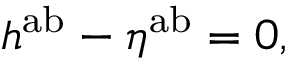
h ^ { \mathrm { a b } } - \eta ^ { \mathrm { a b } } = 0 ,